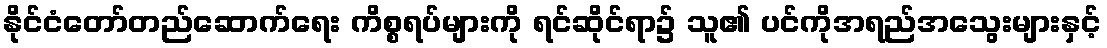
နိုင်ငံတော်တည်ဆောက်ရေး ကိစ္စရပ်များကို ရင်ဆိုင်ရာ၌ သူ၏ ပင်ကိုအရည်အသွေးများနှင့်